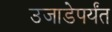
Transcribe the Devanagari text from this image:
उजाडेपर्यंत